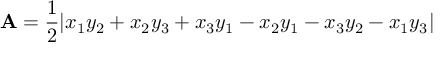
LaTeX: \mathbf { A } = { \frac { 1 } { 2 } } | x _ { 1 } y _ { 2 } + x _ { 2 } y _ { 3 } + x _ { 3 } y _ { 1 } - x _ { 2 } y _ { 1 } - x _ { 3 } y _ { 2 } - x _ { 1 } y _ { 3 } |